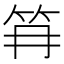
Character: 𰩱